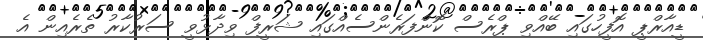
ޑީއާރްޕީ އޮފީހުގައި ބޭއްވި ޕްރެސް ކޮންފަރެންސެއްގައި ޝަރީފް ވިދާޅުވީ ސަރުކާރު ތެރެއިން އެ